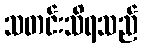
သတင်းသိရသည်